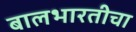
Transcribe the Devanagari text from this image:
बालभारतीचा